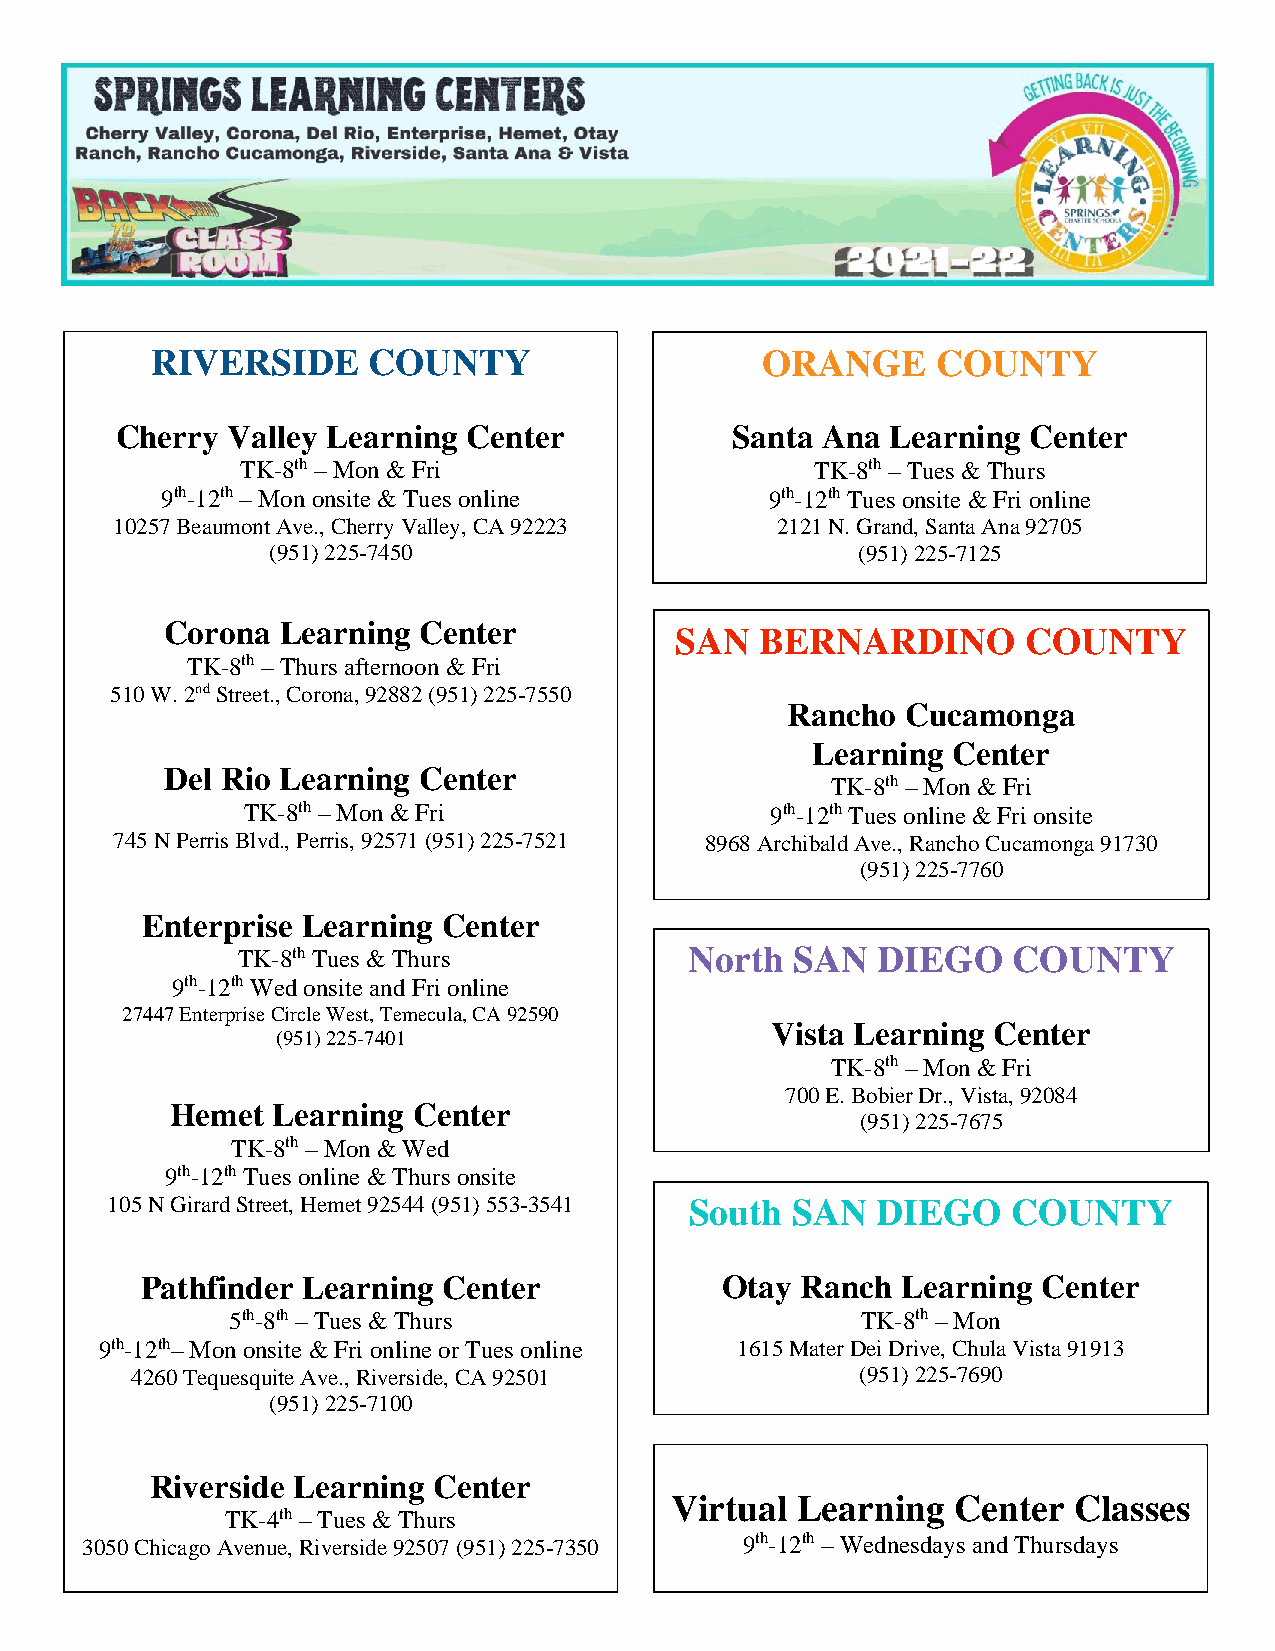
RIVERSIDE     COUNTY                    ORANGE      COUNTY
 Cherry Valley Learning Center           Santa Ana  Learning Center
 TK-8th – Mon & Fri                    TK-8th – Tues & Thurs
 9th-12th – Mon onsite & Tues online     9th-12th Tues onsite & Fri online
 10257 Beaumont Ave., Cherry Valley, CA 92223 2121 N. Grand, Santa Ana 92705
 (951) 225-7450                         (951) 225-7125
 Corona  Learning Center           SAN  BERNARDINO        COUNTY
 TK-8th – Thurs afternoon & Fri
 510 W. 2nd Street., Corona, 92882 (951) 225-7550
 Rancho  Cucamonga
 Learning Center
 Del Rio Learning Center
 TK-8th – Mon & Fri
 TK-8th – Mon & Fri                 9th-12th Tues online & Fri onsite
 745 N Perris Blvd., Perris, 92571 (951) 225-7521 8968 Archibald Ave., Rancho Cucamonga 91730
 (951) 225-7760
 Enterprise Learning Center
 TK-8th Tues & Thurs           North  SAN  DIEGO    COUNTY
 9th-12th Wed onsite and Fri online
 27447 Enterprise Circle West, Temecula, CA 92590
 Vista Learning Center
 (951) 225-7401
 TK-8th – Mon & Fri
 700 E. Bobier Dr., Vista, 92084
 Hemet  Learning Center
 (951) 225-7675
 TK-8th – Mon & Wed
 9th-12th Tues online & Thurs onsite     Vista Learning Center
 105 N Girard Street, Hemet 92544 (951) 553-3541 South SA TN
 K-
 8Dth I
 –
 E MG
 on
 O
 &
 FC
 ri
 OUNTY
 700 E. Bobier Dr., Vista 92084 (951) 225-7675
 Pathfinder Learning Center             Otay Ranch  Learning Center
 5th-8th – Tues & Thurs                    TK-8th – Mon
 9th-12th– Mon onsite & Fri online or Tues online 1615 Mater Dei Drive, Chula Vista 91913
 4260 Tequesquite Ave., Riverside, CA 92501      (951) 225-7690
 (951) 225-7100
 Riverside Learning Center
 Virtual  Learning  Center  Classes
 TK-4th – Tues & Thurs
 3050 Chicago Avenue, Riverside 92507 (951) 225-7350 9th-12th – Wednesdays and Thursdays